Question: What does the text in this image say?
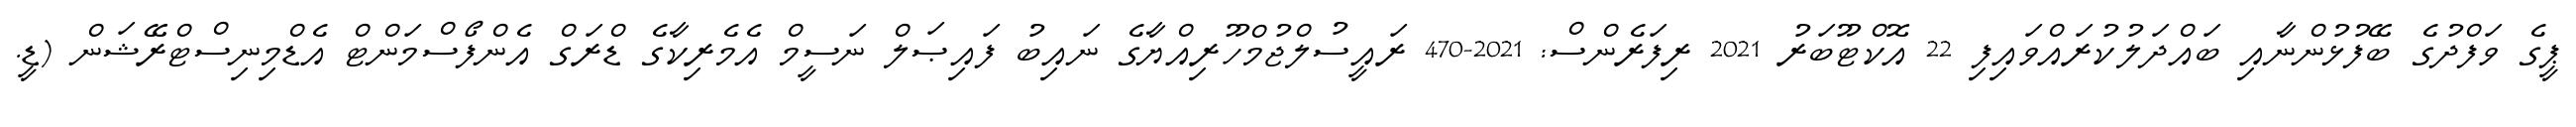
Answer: ޕީގެ ވަފްދުގެ ބޭފުޅުންނާއި ބައްދަލުކުރައްވައިފި 22 އޮކްޓޫބަރު 2021 ރިފަރެންސް: 2021-470 ރައީސުލްޖުމްހޫރިއްޔާގެ ނައިބު ފައިޞަލް ނަސީމް އެމެރިކާގެ ޑްރަގް އެންފޯސްމަންޓް އެޑްމިނިސްޓްރޭޝަން (ޑީ.